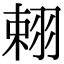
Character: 𦐾